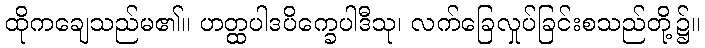
ထိုကချေသည်မ၏။ ဟတ္ထပါဒပိက္ခေပါဒီသု၊ လက်ခြေလှုပ်ခြင်းစသည်တို့၌။